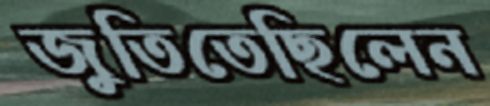
জুতিতেছিলেন